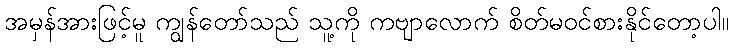
အမှန်အားဖြင့်မူ ကျွန်တော်သည် သူ့ကို ကဗျာလောက် စိတ်မဝင်စားနိုင်တော့ပါ။